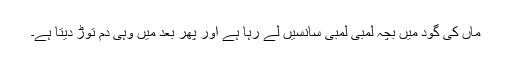
ماں کی گود میں بچہ لمبی لمبی سانسیں لے رہا ہے اور پھر بعد میں وہی دم توڑ دیتا ہے۔